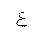
Letter: _ayn